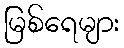
မြစ်ရေများ